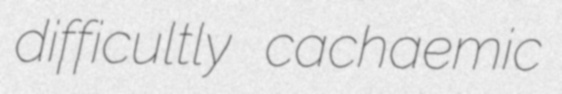
difficultly cachaemic